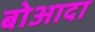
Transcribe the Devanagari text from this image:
बोआदा